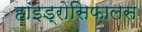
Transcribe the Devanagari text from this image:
हाइड्रोसिफ़ालस